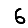
Digit: 6